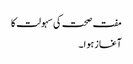
مفت صحت کی سہولت کا
آغاز ہوا۔